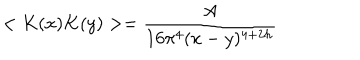
LaTeX: < K ( x ) K ( y ) > = \frac { A } { 1 6 \pi ^ { 4 } ( x - y ) ^ { 4 + 2 h } }